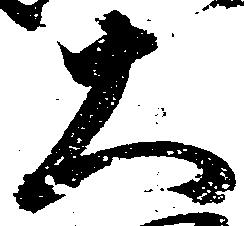
大